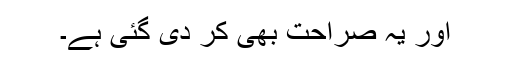
اور یہ صراحت بھی کر دی گئی ہے۔